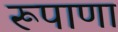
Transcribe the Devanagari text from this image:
रूपाणा